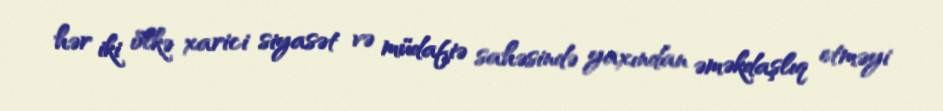
hər iki ölkə xarici siyasət və müdafiə sahəsində yaxından əməkdaşlıq etməyi